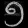
Digit: ၅